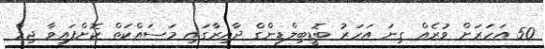
50 އަހަރަށް ވުރެއް ގިނަ އަހަރު ބޮޑީބިލްޑިންގް ދާއިރާގައި މަސައްކަތް ކޮށްފައިވާ ޖިމް